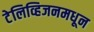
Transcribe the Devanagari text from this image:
टेलिव्हिजनमधून